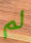
لم